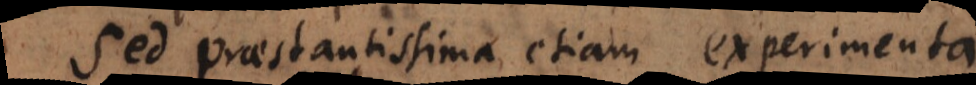
Sed praestantissima etiam experimenta